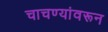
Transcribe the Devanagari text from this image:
चाचण्यांवरून